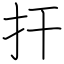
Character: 扞